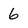
Character: 6